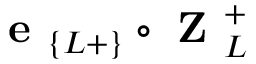
\textbf { e } _ { \{ L + \} } \circ \textbf { Z } _ { L } ^ { + }